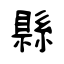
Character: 縣